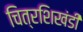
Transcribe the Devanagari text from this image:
चित्रशिखंडी